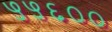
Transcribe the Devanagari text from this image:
५५६००